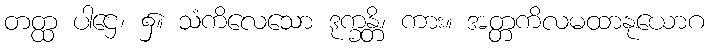
တတ္ထ ပါဌေ၊ ၌။ သံကိလေသော ဒုက္ခန္တိ၊ ကား။ အတ္တကိလမထာနုယောဂ